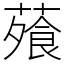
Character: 蕵